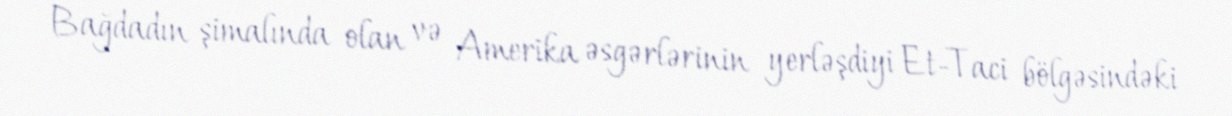
Bağdadın şimalında olan və Amerika əsgərlərinin yerləşdiyi Et-Taci bölgəsindəki